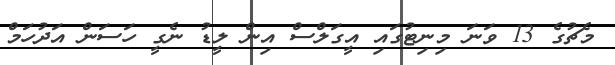
މެޗުގެ 13 ވަނަ މިނިޓުގައި އީގަލްސް އިން ލީޑު ނެގީ ހަސަން އަދުހަމް